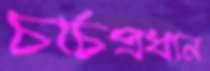
চার্চপ্রধান